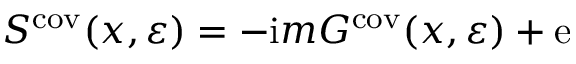
S ^ { \mathrm { c o v } } ( x , \varepsilon ) = - \mathrm { i } m G ^ { \mathrm { c o v } } ( x , \varepsilon ) + \mathrm { e }